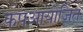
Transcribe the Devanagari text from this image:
कपआयोजित